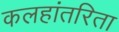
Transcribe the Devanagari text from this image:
कलहांतरिता